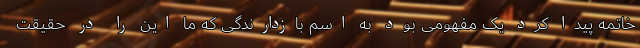
خاتمه پیدا کرد یک مفهومی بود به اسم بازدارندگی که ما این را در حقیقت